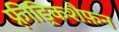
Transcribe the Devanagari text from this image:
फ़्रीड्रिकशैफ़न